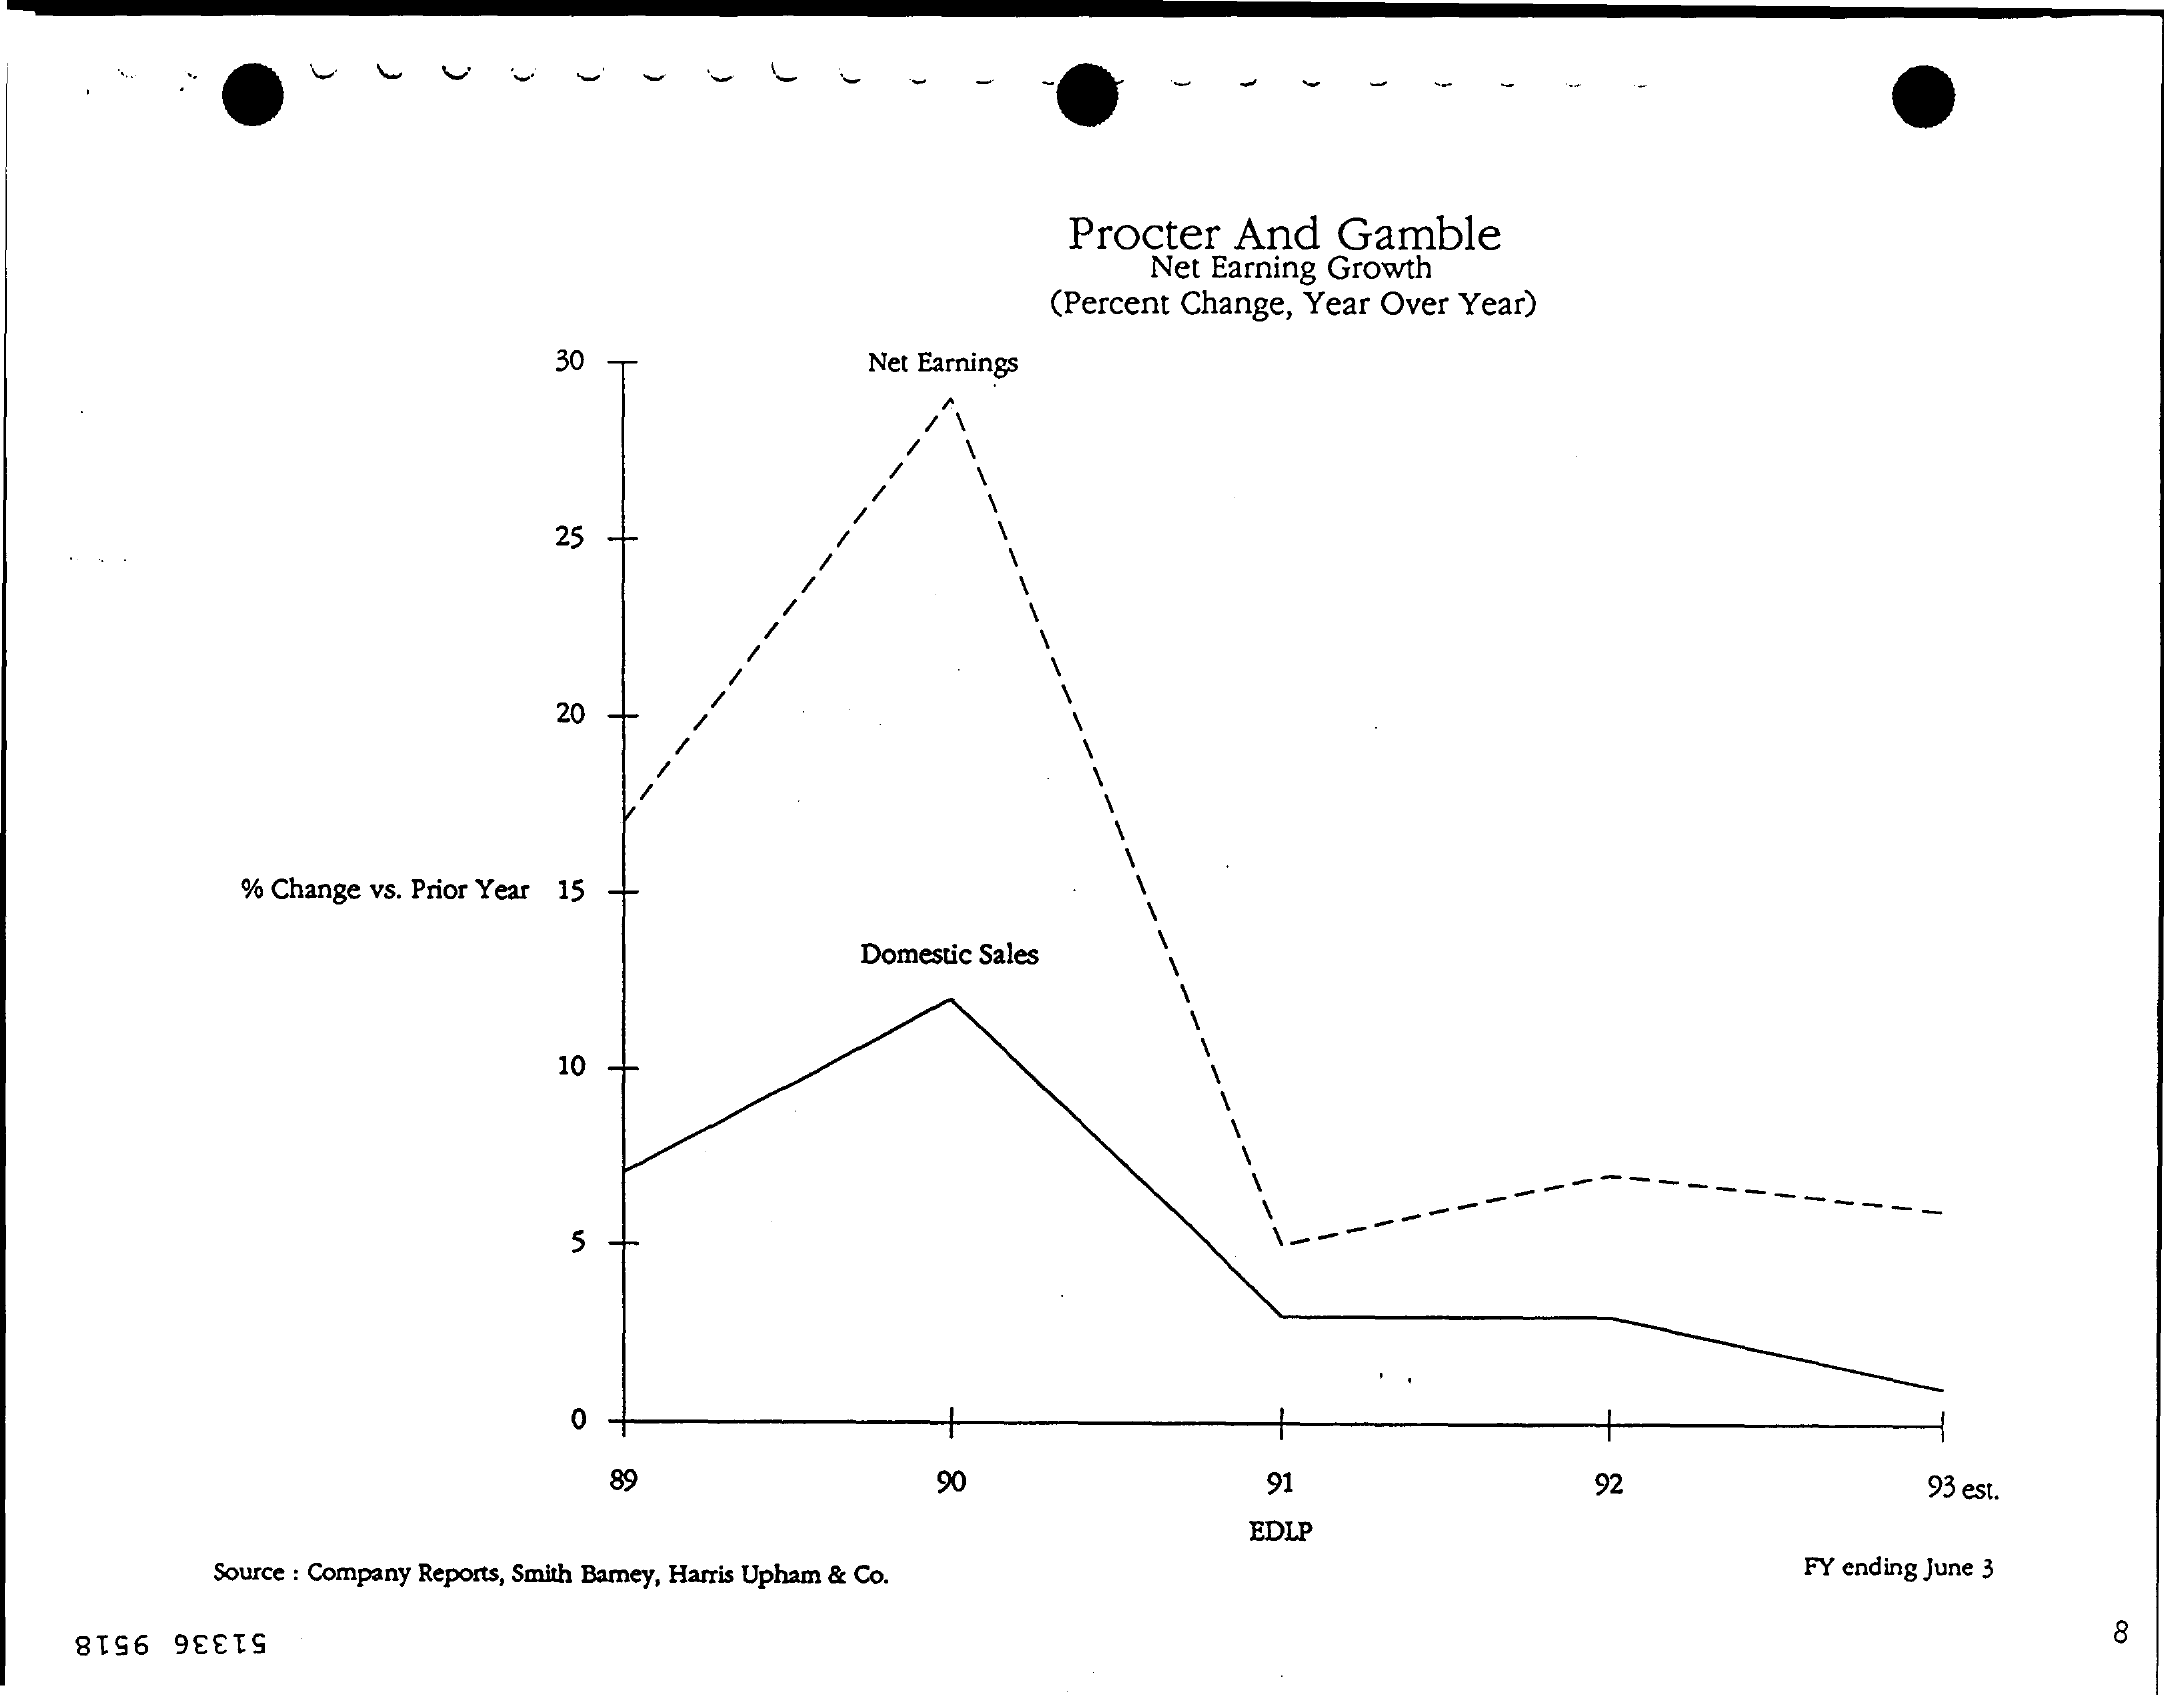
Procter And Gamble
     Net Earning Growth
     (Percent Change, Year Over Year)
     30    Net Earnings
     25
     20
     % Change vs. Prior Year 15
     Domestic Sales
     10
     5
     0
     89    90    91    92    93 est.
     EDLP
     Source : Company Reports, Smith Barney, Harris Upham & Co. FY ending June 3
     51336 9518